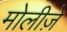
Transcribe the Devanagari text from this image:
मोलीज़े